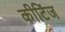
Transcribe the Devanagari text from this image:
कीटिंज